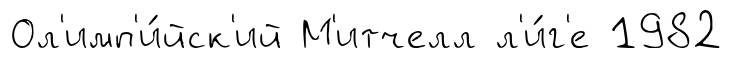
Ол'имп'и́йск'ий М'итчелл л'и́г'е 1982